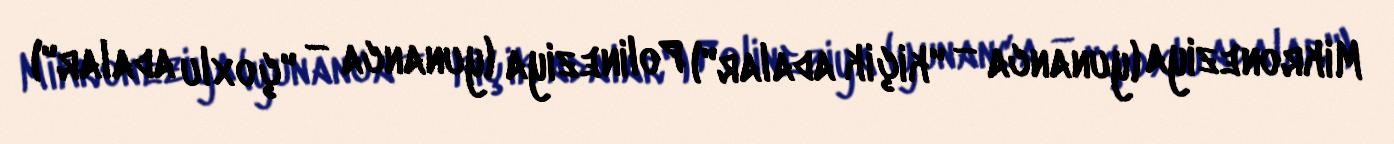
Mikroneziya (yunanca — "kiçik adalar") Polineziya (yunanca — "çoxlu adalar")